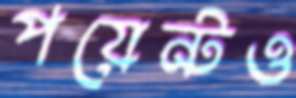
পয়েন্টও